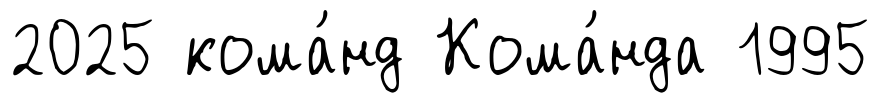
2025 кома́нд Кома́нда 1995